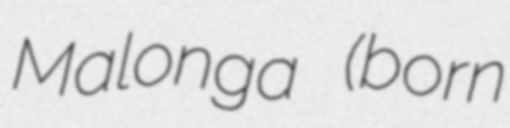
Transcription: Malonga (born